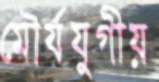
মৌর্যযুগীয়